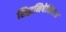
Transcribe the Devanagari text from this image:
सिद्धनिषेविताः॥